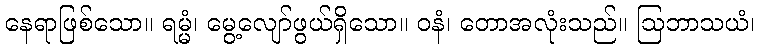
နေရာဖြစ်သော။ ရမ္မံ၊ မွေ့လျော်ဖွယ်ရှိသော။ ဝနံ၊ တောအလုံးသည်။ ဩဘာသယံ၊